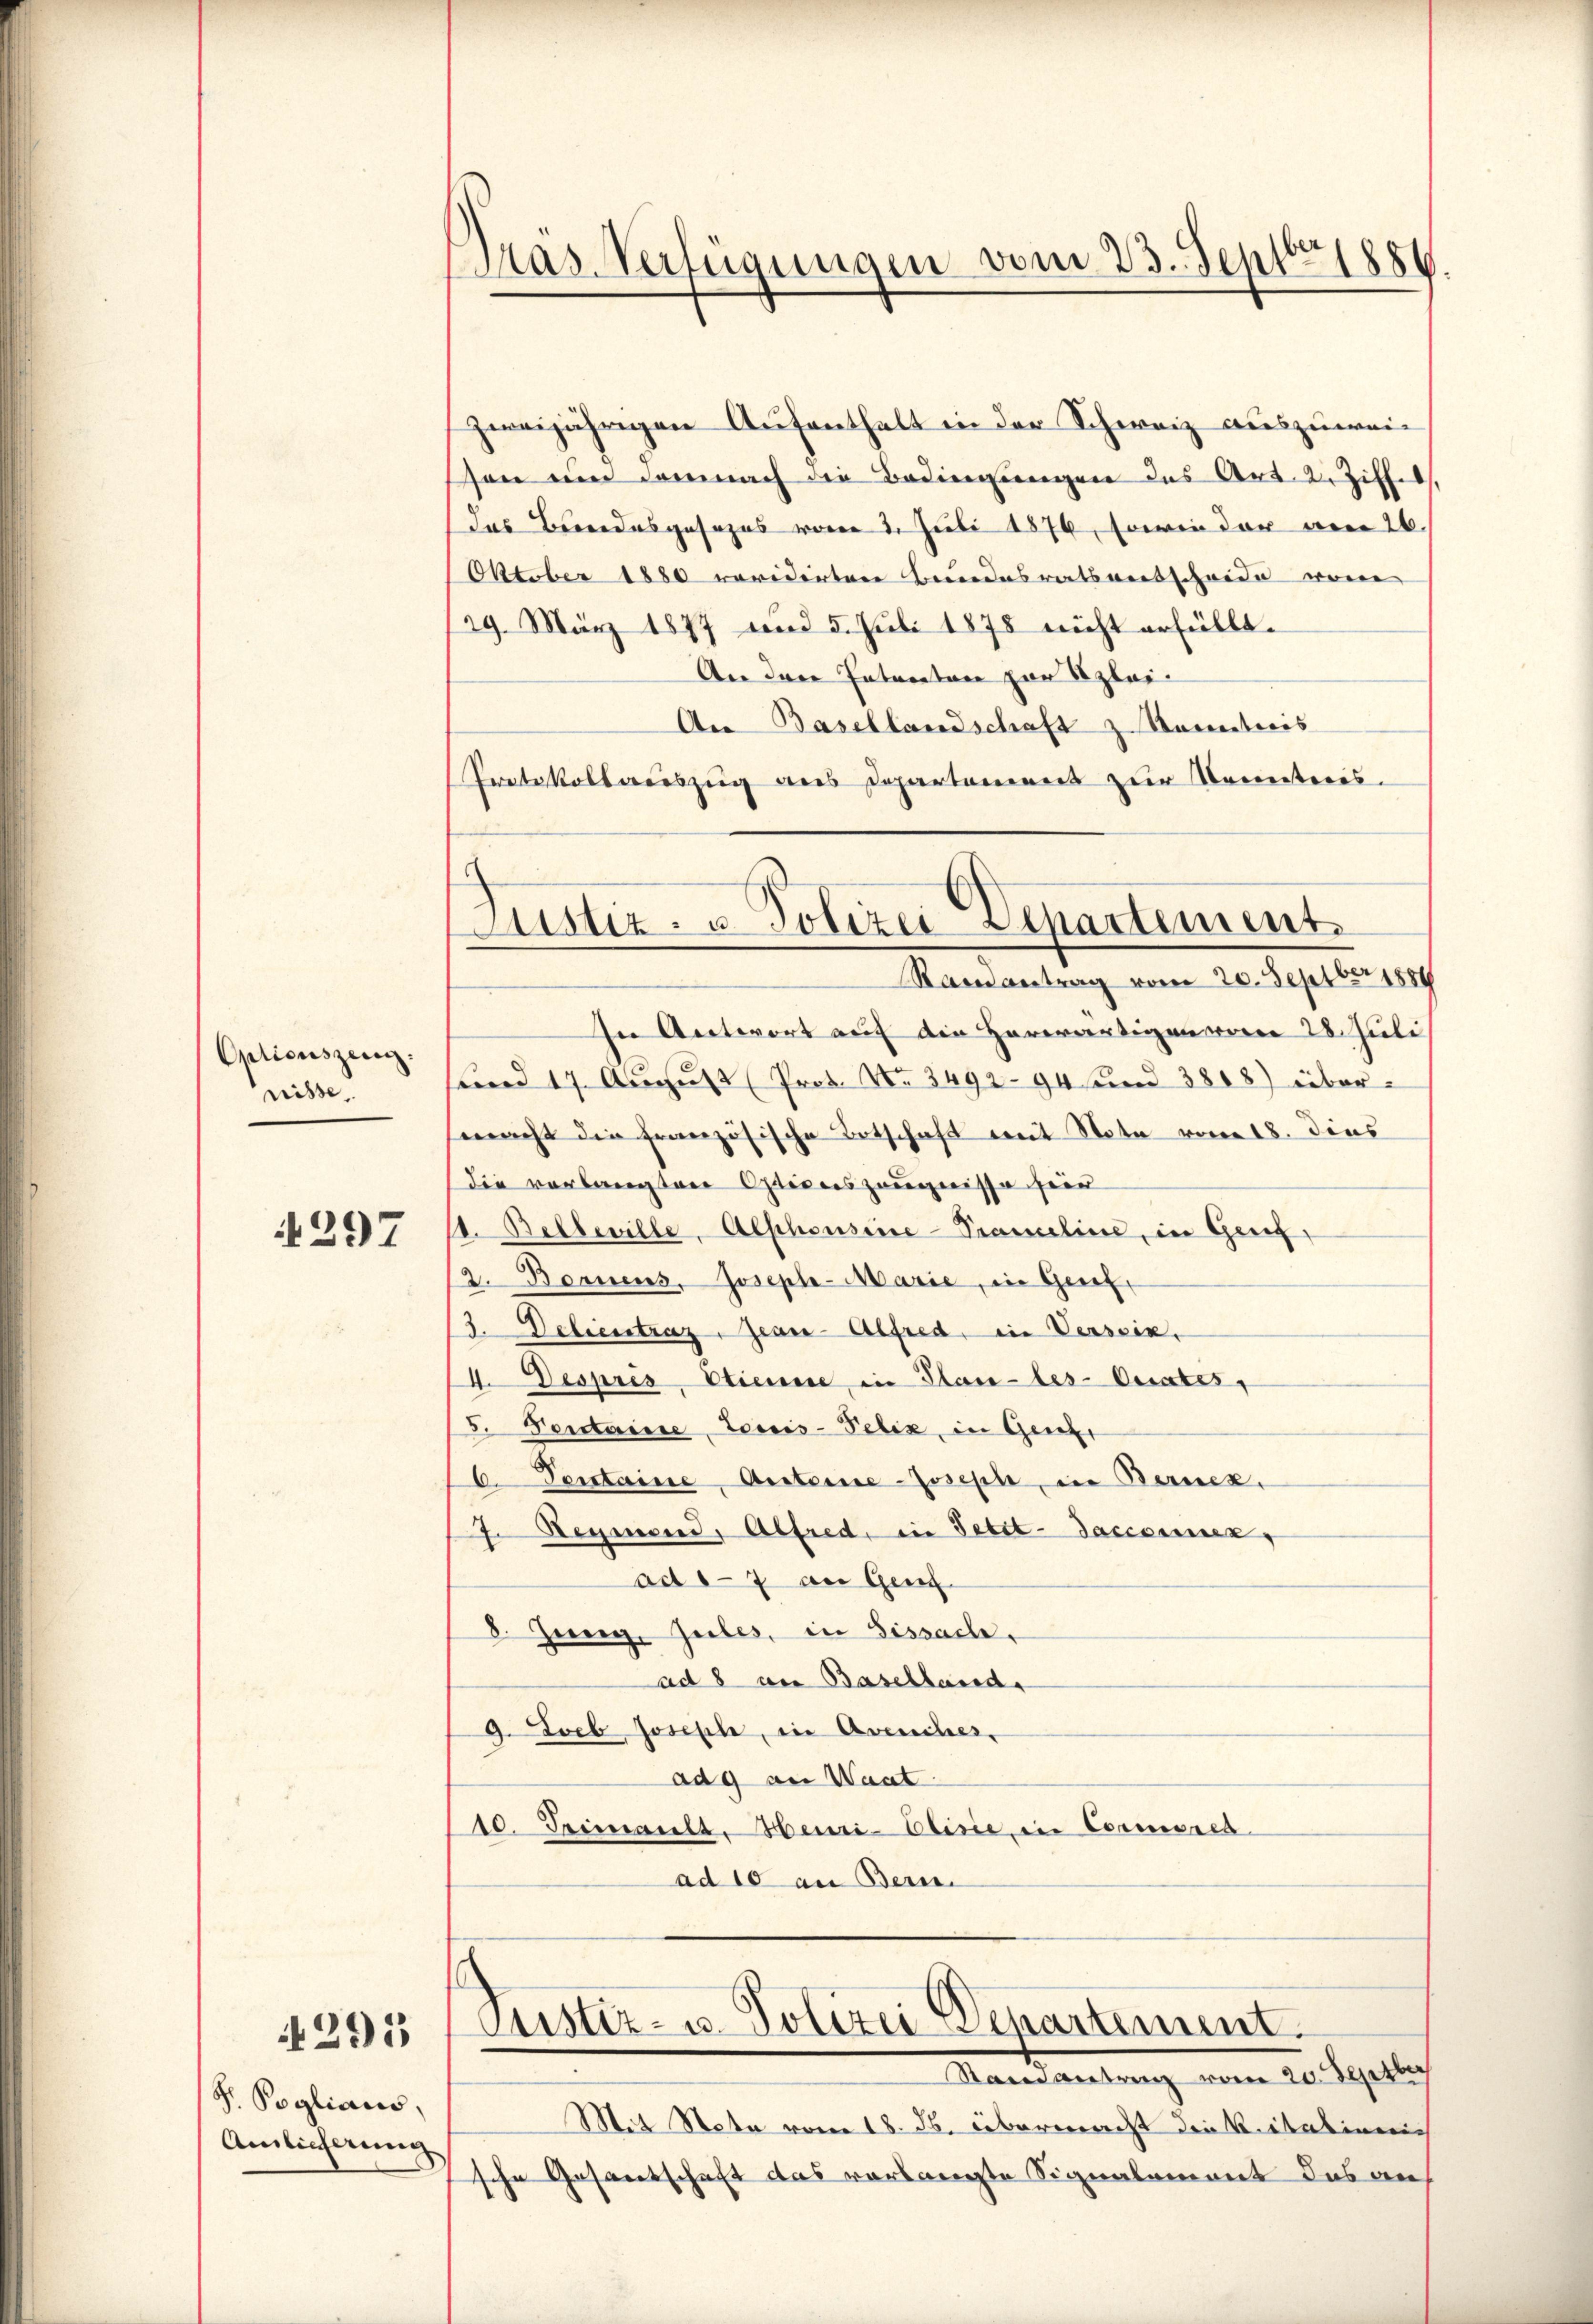
Opticuszeug.
nisse

4297

4291

S. Poglians,
Amlicherung

Gras Verfügungen vom 23. Sept 1886.

zweijährigen Aufenthalt in der Schweiz auszuweison um dem nach die Bedingŭngen des Art. 2. Ziff.
das Beendesgesezes vom 2. Juli 1876, sowie der am 26.
Oktober 1880 revidirten Bundesratsantscheide von
/29. März 1877 und 5. Juli 1878 nicht erfüllt.
An den Entanton zur Klei¬
An Basellandschaft z Sanations
Protokollauszug aus Departanereit zur Kometeris¬
Randantrag vom 20. Septbr 1884
In Antwort auf die Herwärtigen vom 28. Juli
Fund 17. August Prof. No. 3492. 94 und 3868) übermacht die Französische Totschaft mit Note vom 18. Dies
die vorlangten Optionszeugnisse hier
1. Belleville, Alphonsiice-Prameline, in Gerig,
2. Bornens, Joseph-Marie, in Genf,
3. Delientrag, Jean-Alfred, in Versein,
4. Despres Etienne, in Plan-les- Curates,
5. Vertaine Louis-Felix, in Gener
Ventaine Anteine-Joseph, in Berner,
.
7. Regierend, Alfred, in Petit-Saccommen,
ad 17 an Genf
8. Jung. Zuber, in Sissachad 8 an Baselland,
9.  Joeb Joseph, in Avenches.
ad 9 an Want
10. Friault, Henri-Elisie in Commeres
ad 10 an Bern

Justiz- u Polizei Departement.

Pustiz- u. Polizei Departement.
Mandantung vom 20. Seglic

Mit Nota vom 18. ds. übermacht die Reitalienich
sche Gesantschaft das vorlangte Signalement das an